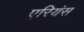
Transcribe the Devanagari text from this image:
एरियंस